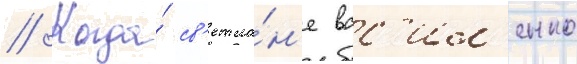
// Когда́ св'етла́н'е вас'ил'енко